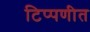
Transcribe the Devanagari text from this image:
टिप्पणीत